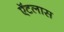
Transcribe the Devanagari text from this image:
ऍटलास